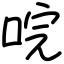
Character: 唍